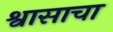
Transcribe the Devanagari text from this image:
श्वासाचा